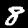
Digit: 8